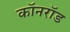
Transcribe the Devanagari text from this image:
कॉनरॉड